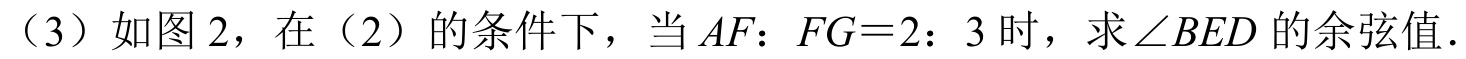
（3）如图2，在（2）的条件下，当$AF：FG = 2：3$时，求$\angle BED$的余弦值．